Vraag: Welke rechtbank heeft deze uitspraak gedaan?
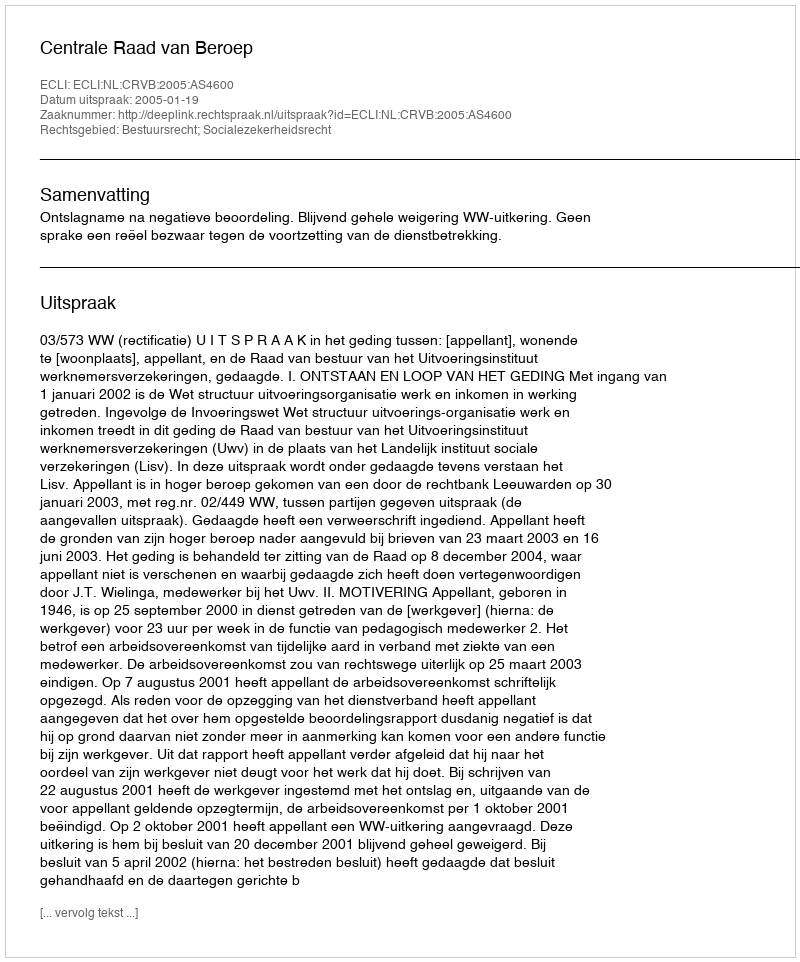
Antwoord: Centrale Raad van Beroep